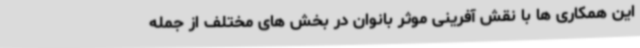
این همکاری ها با نقش آفرینی موثر بانوان در بخش های مختلف از جمله